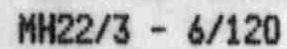
MH22/3 - 6/120